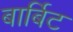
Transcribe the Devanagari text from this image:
बार्बिट